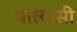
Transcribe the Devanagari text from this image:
बाल्दासी